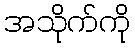
အသိုက်ကို